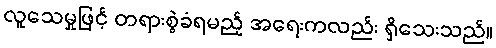
လူသေမှုဖြင့် တရားစွဲခံရမည့် အရေးကလည်း ရှိသေးသည်။